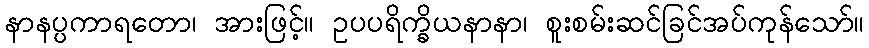
နာနပ္ပကာရတော၊ အားဖြင့်။ ဥပပရိက္ခိယနာနာ၊ စူးစမ်းဆင်ခြင်အပ်ကုန်သော်။